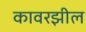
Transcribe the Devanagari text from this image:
कावरझील